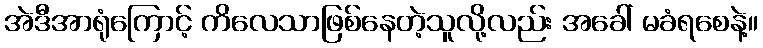
အဲဒီအာရုံကြောင့် ကိလေသာဖြစ်နေတဲ့သူလို့လည်း အခေါ် မခံရစေနဲ့။